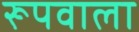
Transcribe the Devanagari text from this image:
रूपवाला